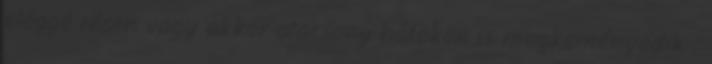
eléggé résen vagy akkor alacsony hőfokon is megkeményedik :